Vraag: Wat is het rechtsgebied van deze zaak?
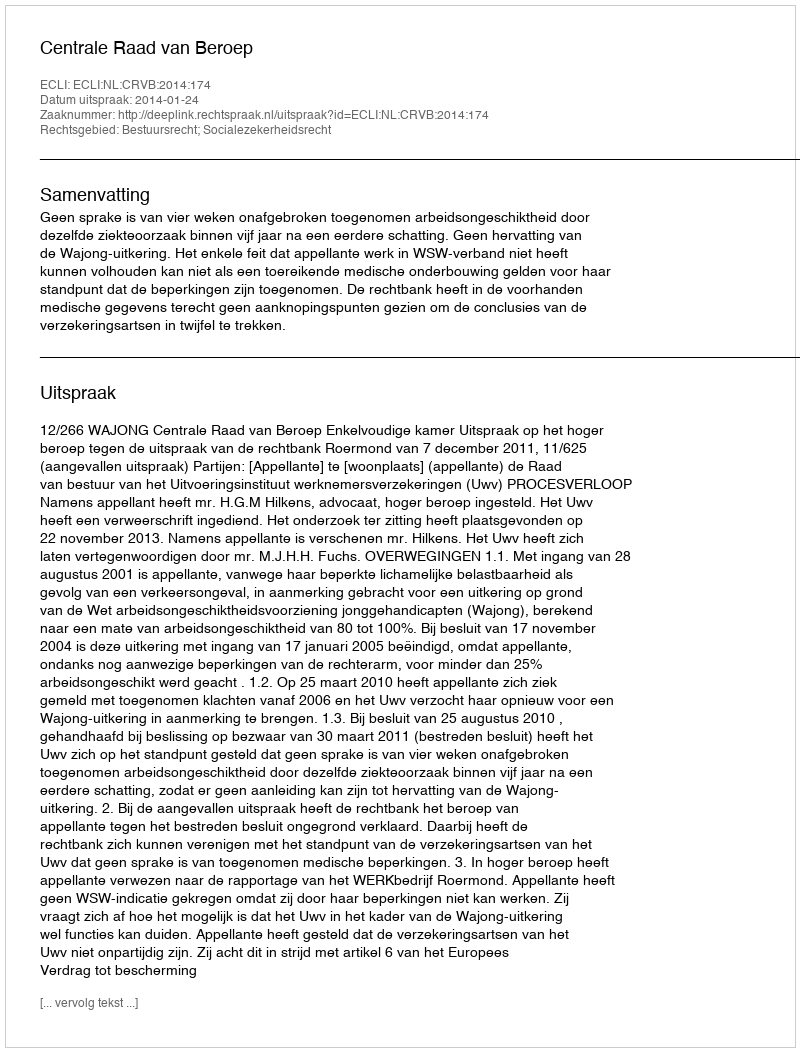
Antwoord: Bestuursrecht; Socialezekerheidsrecht